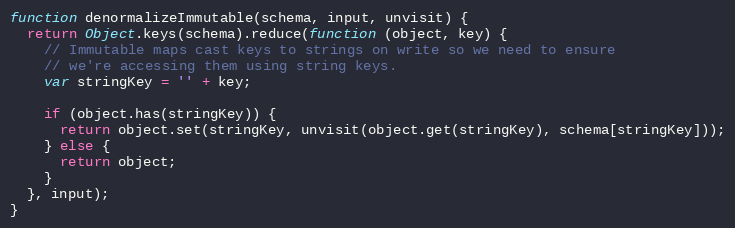
Language: JavaScript
function denormalizeImmutable(schema, input, unvisit) {
  return Object.keys(schema).reduce(function (object, key) {
    // Immutable maps cast keys to strings on write so we need to ensure
    // we're accessing them using string keys.
    var stringKey = '' + key;

    if (object.has(stringKey)) {
      return object.set(stringKey, unvisit(object.get(stringKey), schema[stringKey]));
    } else {
      return object;
    }
  }, input);
}